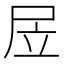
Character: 㞐